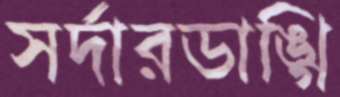
সর্দারডাঙ্গি